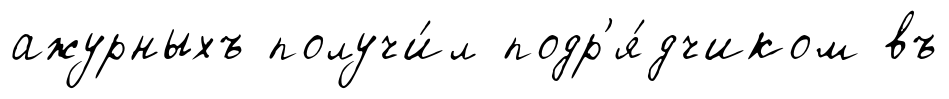
ажурныхъ получи́л подр'я́дчиком въ